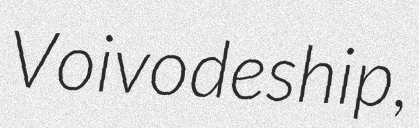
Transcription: Voivodeship,